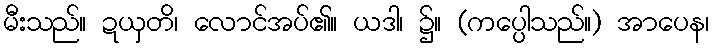
မီးသည်။ ဍယှတိ၊ လောင်အပ်၏။ ယဒါ၊ ၌။ (ကပ္ပေါသည်။) အာပေန၊